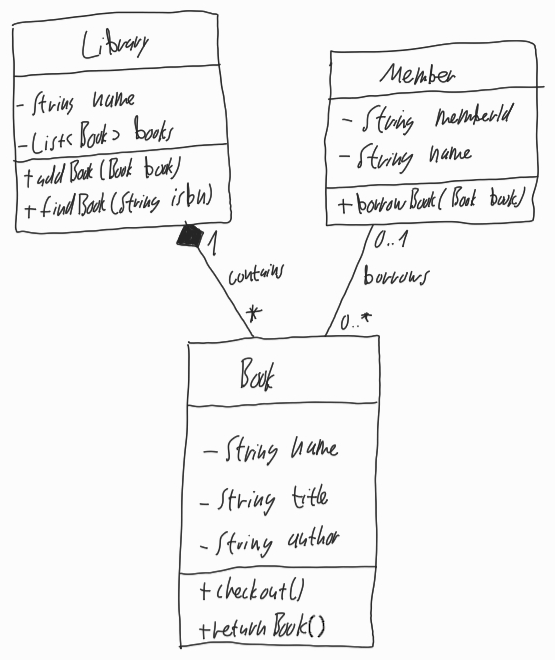
Diagram type: class_diagram
```plantuml
@startuml

class Library {
  - String name
  - List<Book> books
  + addBook(Book book)
  + findBook(String isbn)
}

class Member {
  - String memberId
  - String name
  + borrowBook(Book book)
}

class Book {
  - String name
  - String title
  - String author
  + checkout()
  + returnBook()
}

Library "1" *-- "*" Book : contains
Member "0..1" -- "0..*" Book : borrows

@enduml
```